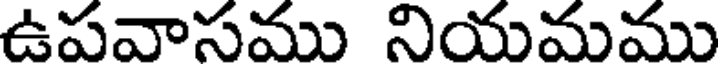
ఉపవాసము నియమము